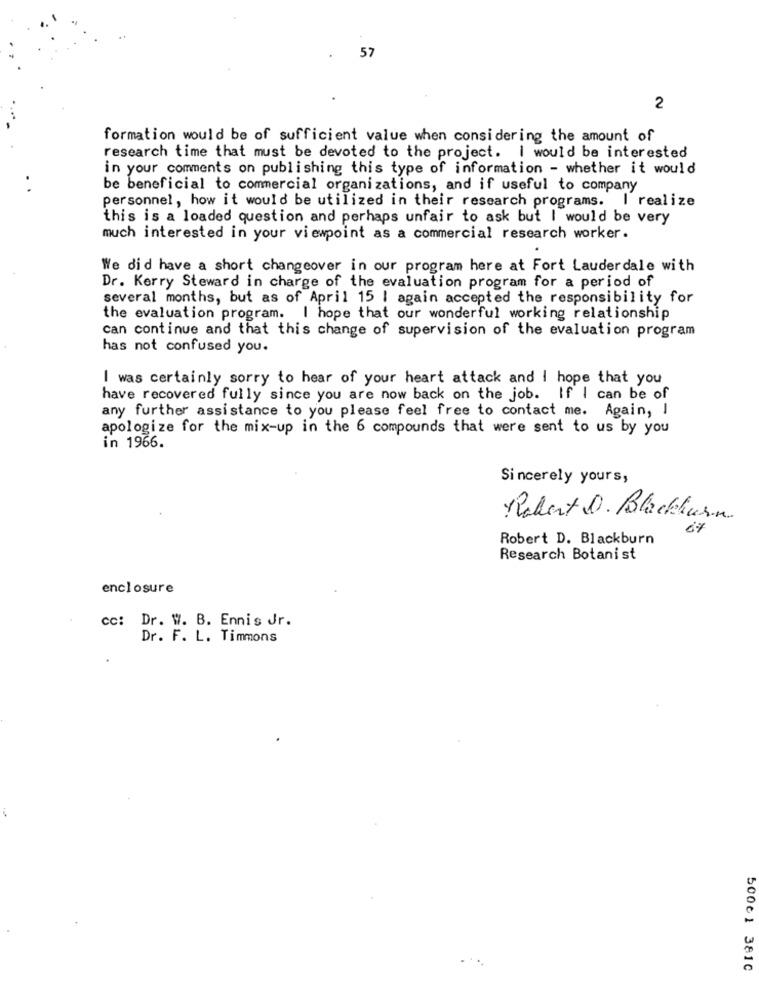
57
2
formation would be of sufficient value when considering the amount of
research time that must be devoted to the project. I would be interested
in your comments on publishing this type of information - whether it would
be beneficial to commercial organizations, and if useful to company
personnel, how it would be utilized in their research programs. I realize
this is a loaded question and perhaps unfair to ask but I would be very
much interested in your viewpoint as a commercial research worker.
We did have a short changeover in our program here at Fort Lauderdale with
Dr. Kerry Steward in charge of the evaluation program for a period of
several months, but as of April 15 | again accepted the responsibility for
the evaluation program. I hope that our wonderful working relationship
can continue and that this change of supervision of the evaluation program
has not confused you.
I was certainly sorry to hear of your heart attack and I hope that you
have recovered fully since you are now back on the job. If I can be of
any further assistance to you please feel free to contact me. Again, I
apologize for the mix-up in the 6 compounds that were sent to us by you
in 1966.
Sincerely yours,
Robert D. Blackburn
67
Robert D. Blackburn
Research Botanist
enclosure
cc: Dr. W. B. Ennis Jr.
Dr. F. L. Timmons
500c1 3810